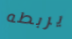
يربطه